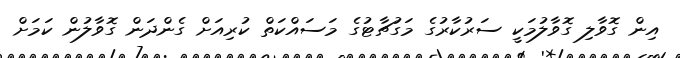
އިން ގޮވާލި ގޮވާލުމަކީ ސަރުކާރުގެ މަގުޗާޓުގެ މަސައްކަތް ކުރިއަށް ގެންދަން ގޮވާލުން ކަމަށް